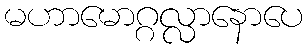
မဟာမောဂ္ဂလ္လာနောပေ